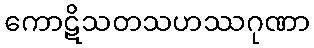
ကောဋိသတသဟဿဂုဏာ